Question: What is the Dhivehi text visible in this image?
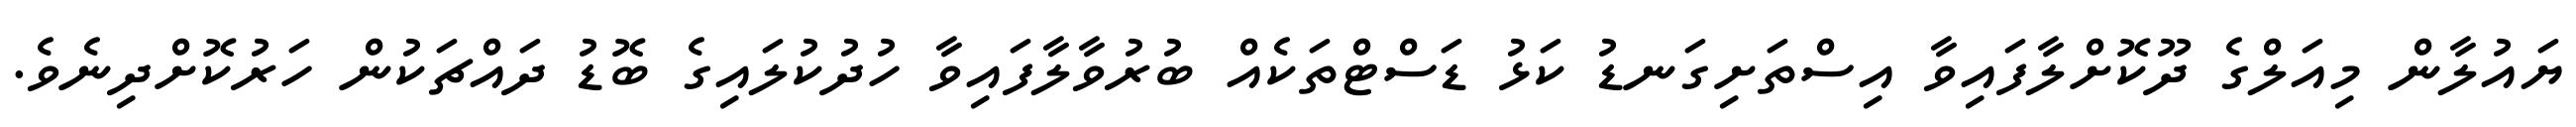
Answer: ޔައުލާން މިއަލްގެ ދޫކޮށްލާފައިވާ އިސްތަށިގަނޑު ކަޅު ޑަސްޓްތަކެއް ބުރުވާލާފައިވާ ހުދުކުލައިގެ ބޮޑު ދައްޗަކުން ހަރުކޮށްދިނެވެ.